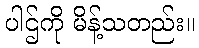
ပါဌ်ကို မိန့်သတည်း။